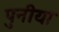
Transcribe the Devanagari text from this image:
पुनीया